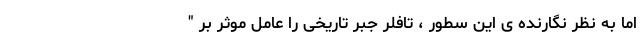
اما به نظر نگارنده ی این سطور ، تافلر جبر تاریخی را عامل موثر بر "